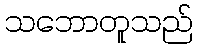
သဘောတူသည်